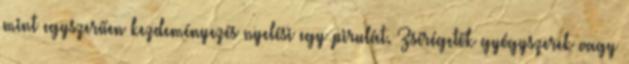
mint egyszerűen kezdeményezés nyelési egy pirulát. Zsírégetők gyógyszerek vagy